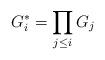
LaTeX: \begin{align*}G^*_i = \prod_{j\le i} G_j\end{align*}